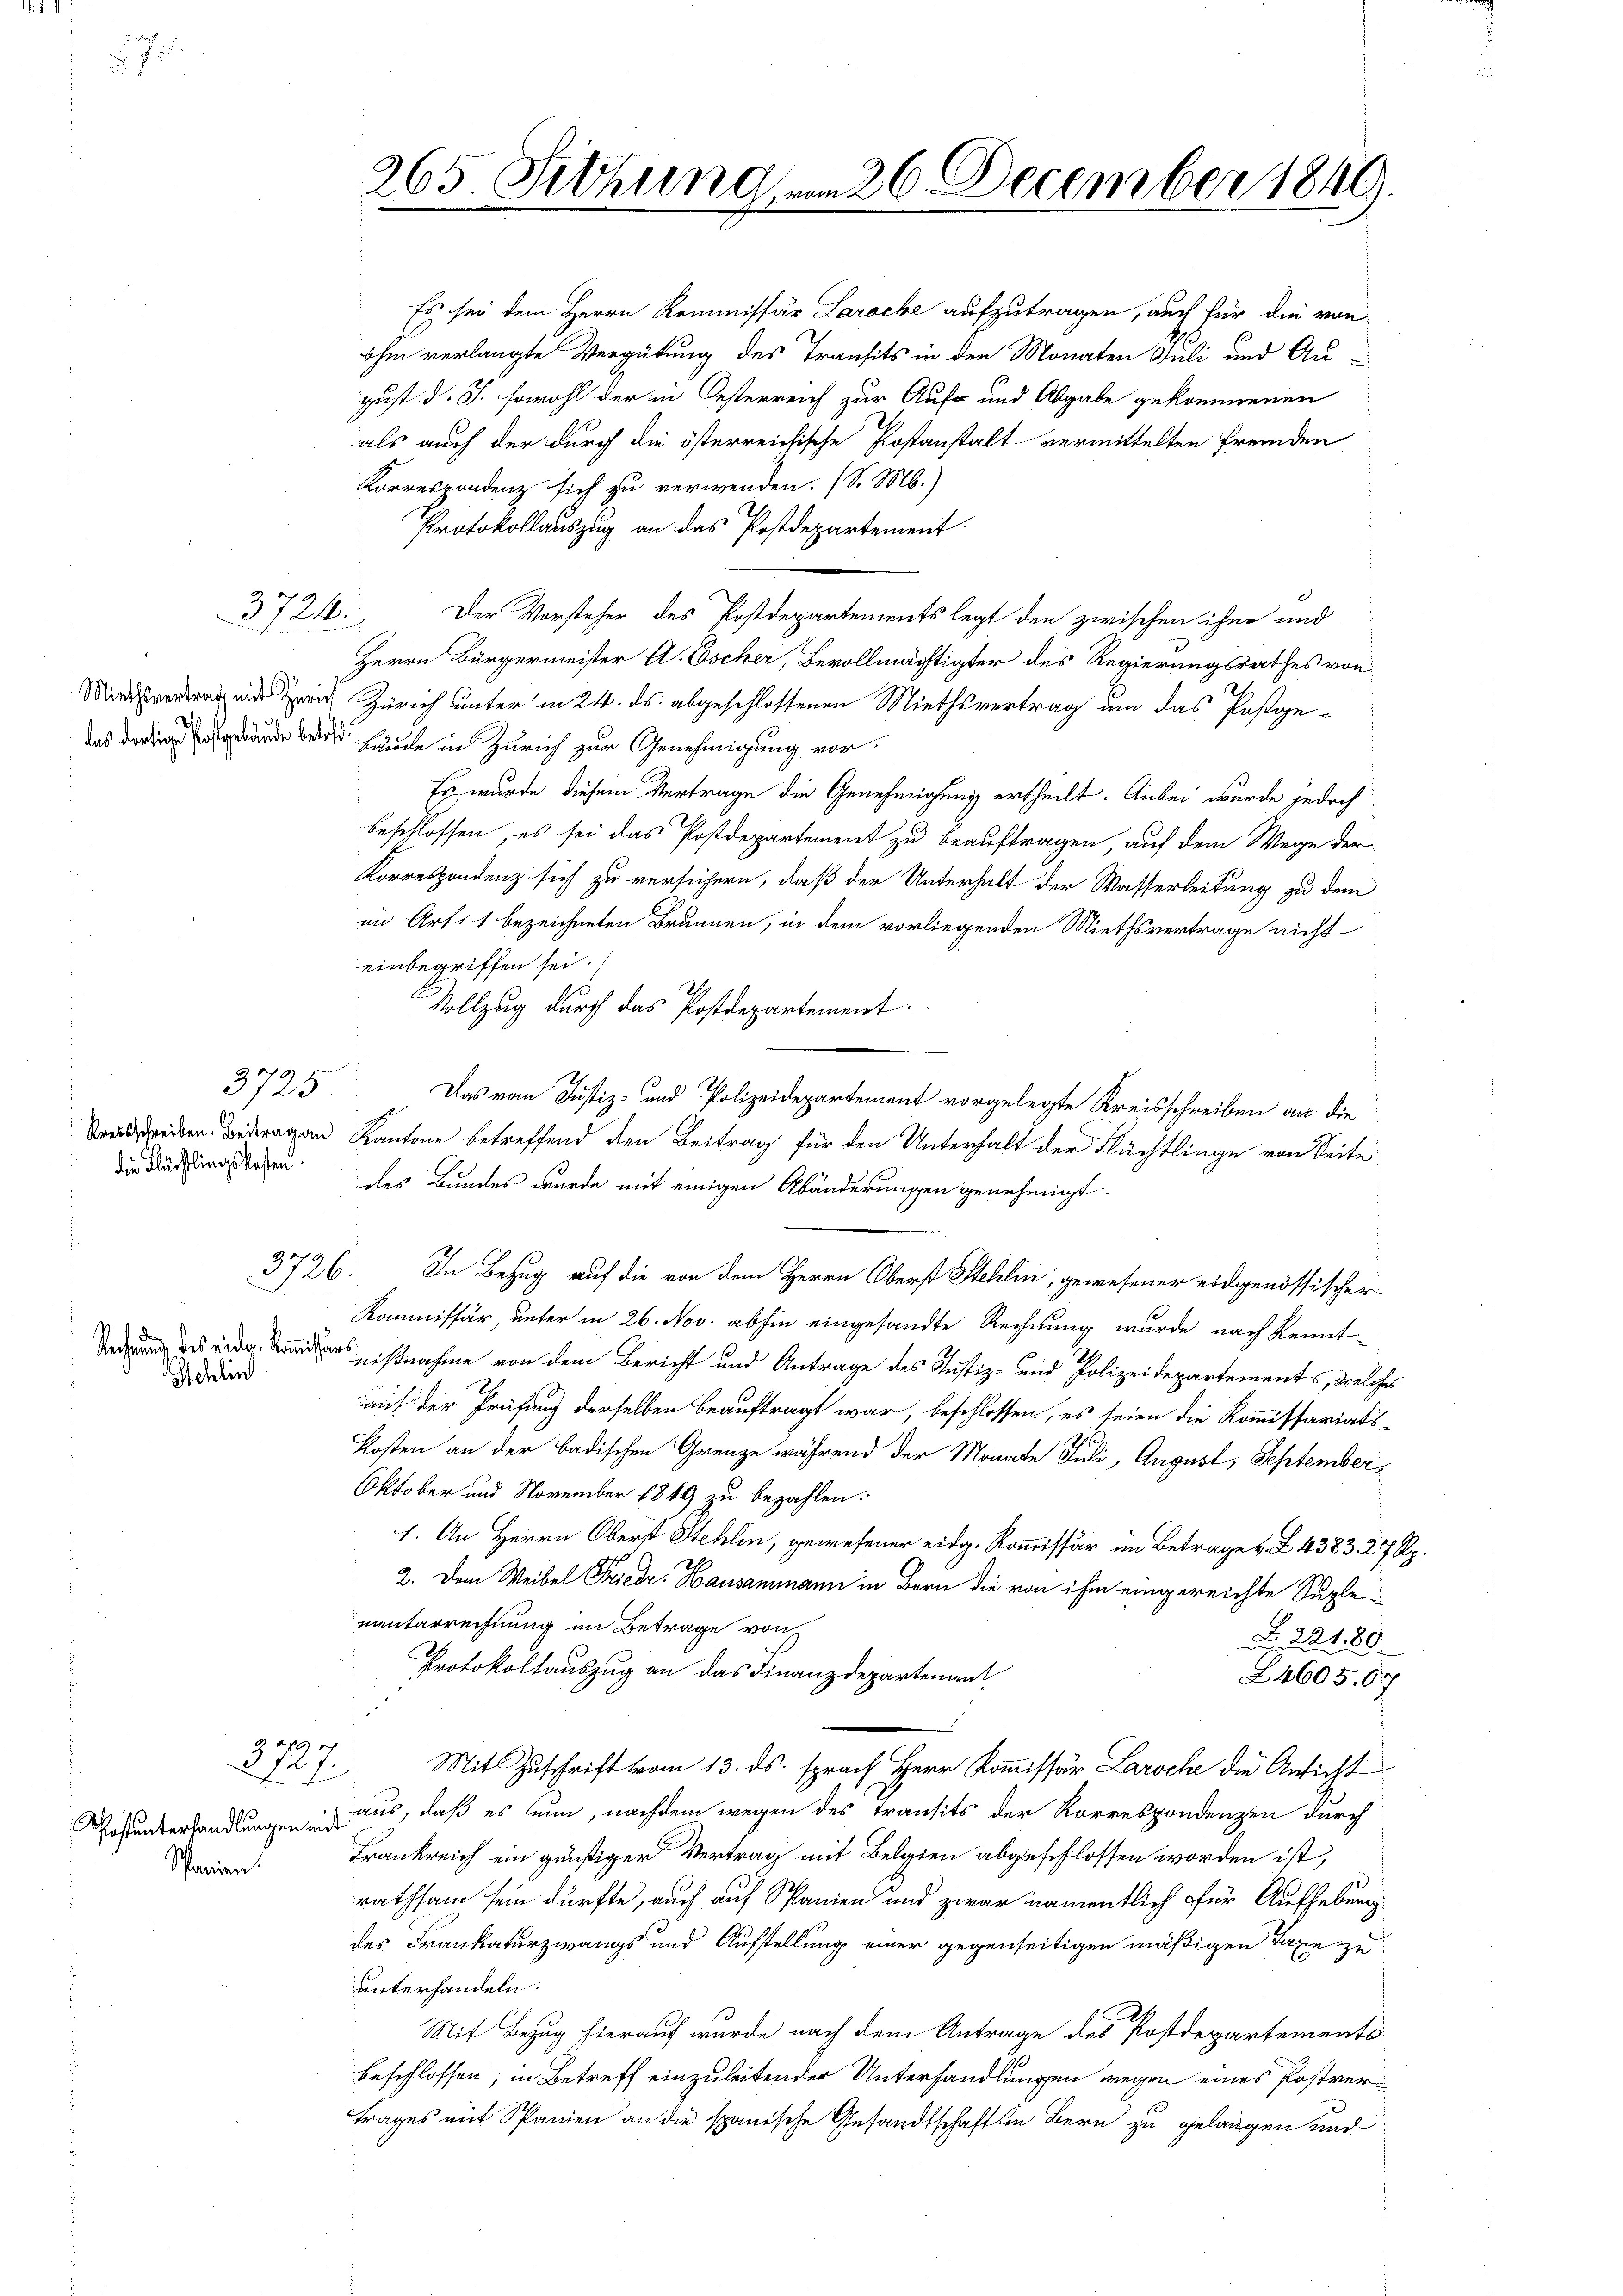
3724.

3725
die Flüchtlingskosten.

19 x

Rechnung des eidg. Kommission
Schlin

3726.

2727

Spariren.

265. Sitzung vom 26 December 1849

Es sei dem Herrn Kommissär Laroche aufzutragen, auch für die von
ihm verlangte Vergütung des Transits in den Monaten Juli und Au
gust d. J. sowohl der in Oesterreich zur Auf- und Abgabe gekommenen
als auch der durch die österreichische Postanstalt vermittelten Fremden
Korrespondenz sich zu verwenden. (S. M.)
Protokollauszug an das Postdepartement.
Der Vorsteher des Postdepartements legt den zwischen ihne und
n
Herrn Bürgermeister A. Escher, Bevollmächtigter des Regierungsrathes von
 Zürich unter in 24. ds. abgeschlossenen Miethsvertrag um das Postgedas der heute in Zürich zur Genehmigung vor¬
Es wurde diesem Vertrage die Genehmigung ertheilt. Anbei wurde jedoch
beschlossen, es sei das Postdepartement zu beauftragen, auf dem Wege der
Korrespondenz sich zu versichern, daß der Unterhalt der Wasserleitung zu dem
im Artil bezeichneten Brunnen, in dem vorliegenden Miethsvertrage nicht
einbegriffen sei.
Vollzug durch das Postdepartement.
Das vom Justiz- und Polizeidepartement vorgelegte Kreisschreiben an die
eden Betragen Kantone betreffend den Beitrag für den Unterhalt der Flächtlinge von Seite
des Bundes wurde mit einigen Abänderungen genehmigt.
In Bezug auf die von dem Herrn Oberst Stehlin, gewesener eidgenössischer
Kommissär, unter in 26. Nov. abhin eingesandte Rechnung wurde nach Kennt-
nißnahme von dem Bericht und Antrage des Justiz- und Polizeidepartements, welches
mit der Prüfung derselben beauftragt war, beschlossen, es seien die Kommissariats-
Kosten an der badischen Grenze während der Monate Juli, August, September¬
Oktober und November 1849 zu bezahlen.
1. An Herrn Oberst Stehlin, gewesener eidg. Kommissär im Betrage z. Z. 4383. 277 Rp.
2. Dem Weibel Friedr. Hausammann in Bern die von ihm eingereichte Suplementarrechnung im Betrage von
22180
Protokollauszug an das Finanzdepartement
24605. 67
Mit Zuschrift vom 13. ds. sprach Herr Kommissär Laroche die Ansicht
Losunterhandlung aus, daß es nun, nachdem wegen des Transits der Korrespondenzen durch
Frankreich ein günstiger Vertrag mit Belgien abgeschlossen worden ist,
rathsam sein dürfte, auch auf Spanien und zwar namentlich für Aufhebungdes Frankaturzwangs und Aufstellung einer gegenseitigen mäßigen Taxe zu
unterhandeln.
Mit Bezug hierauf wurde nach dem Antrage des Postdepartements
beschlossen, in Betreff einzuleitender Unterhandlungen wegen eines Postvertrages mit Spanien an die spanische Gesandtschaft in Bern zu gelangen und